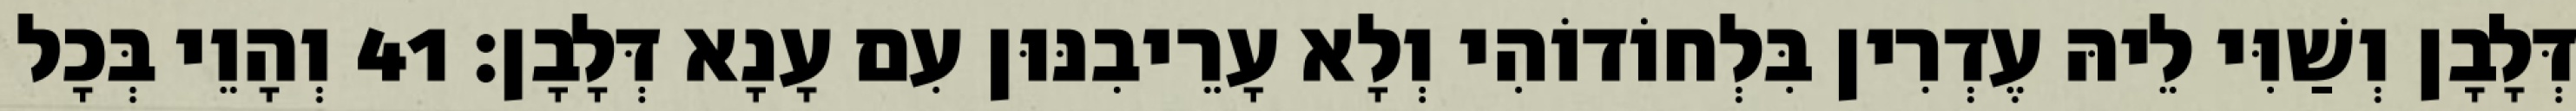
דְּלָבָן וְשַׁוִּי לֵיהּ עֶדְרִין בִּלְחוֹדוֹהִי וְלָא עָרֵיבִנּוּן עִם עָנָא דְּלָבָן׃ 41 וְהָוֵי בְּכָל